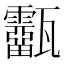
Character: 𤮷